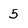
Character: 5